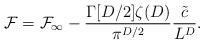
LaTeX: \begin{align*}{\cal F} = {\cal F}_{\infty} - \frac{\Gamma [ D/2]\zeta (D)}{ \pi^{D/2}} \frac{\tilde{c}}{L^D}.\end{align*}